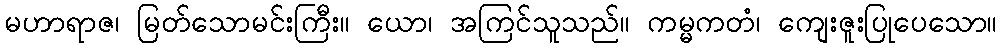
မဟာရာဇ၊ မြတ်သောမင်းကြီး။ ယော၊ အကြင်သူသည်။ ကမ္မကတံ၊ ကျေးဇူးပြုပေသော။